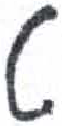
אות: ט